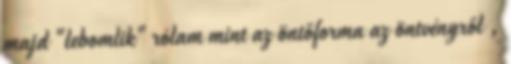
majd "lebomlik" rólam mint az öntőforma az öntvényről ,